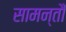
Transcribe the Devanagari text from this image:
सामन्तौं